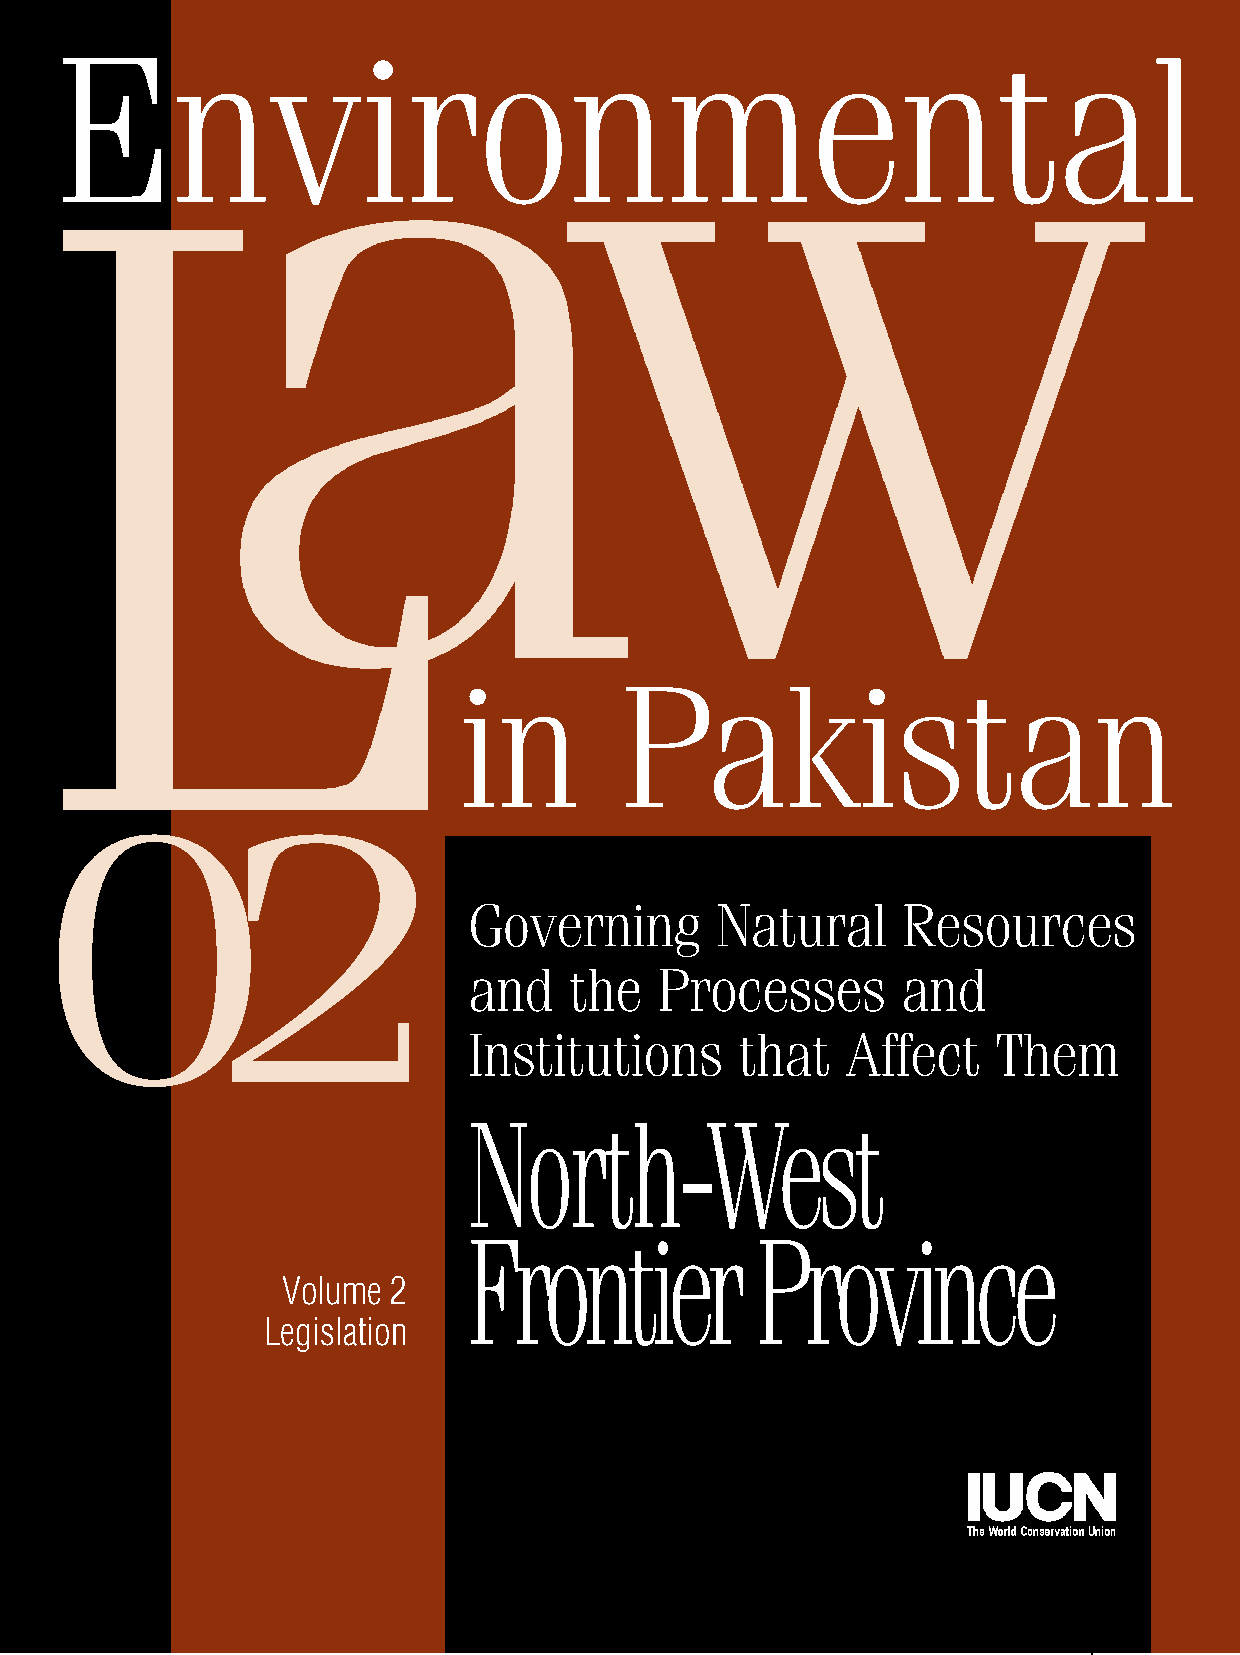
Environmental
 in         Pakistan
 02
 Governing       Natural      Resources
 and    the   Processes       and
 Institutions      that   Affect    Them
 No     r t h  - West
 Frontier           Province
 Volume 2
 Legislation